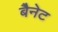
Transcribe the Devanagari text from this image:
बैेनेट